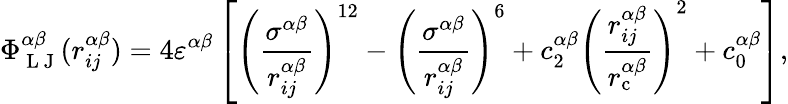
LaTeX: \Phi_{\mathrm{~L~J~}}^{\alpha\beta}(r_{ij}^{\alpha\beta})=4\varepsilon^{\alpha\beta}\left[\left(\frac{\sigma^{\alpha\beta}}{r_{ij}^{\alpha\beta}}\right)^{12}-\left(\frac{\sigma^{\alpha\beta}}{r_{ij}^{\alpha\beta}}\right)^{6}+c_{2}^{\alpha\beta}\left(\frac{r_{ij}^{\alpha\beta}}{r_{\mathrm{c}}^{\alpha\beta}}\right)^{2}+c_{0}^{\alpha\beta}\right],